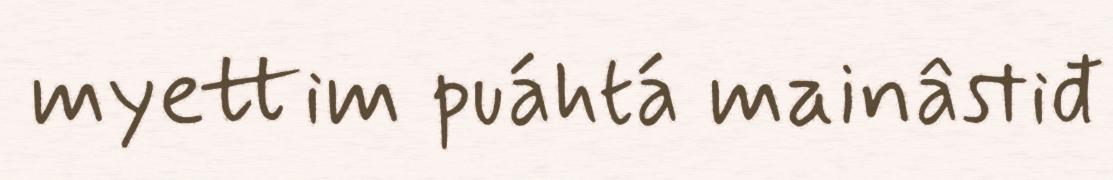
myettim puáhtá mainâstiđ